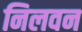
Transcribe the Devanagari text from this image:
निलवन